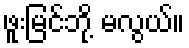
ဖူးမြင်ဘို့ မလွယ်။